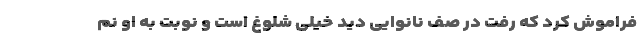
فراموش کرد که رفت در صف نانوایی دید خیلی شلوغ است و نوبت به او نم